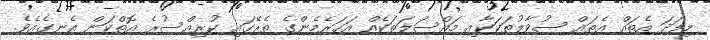
މިފަދަ އެތައް އެތައް ސުވާލުތަކަކާއި މައްސަލަތަކެއް އަހަރެމެންގެ ތެރޭގައި ކުރިއްސުރެ އޮތްކަން އެނގެއެވެ.